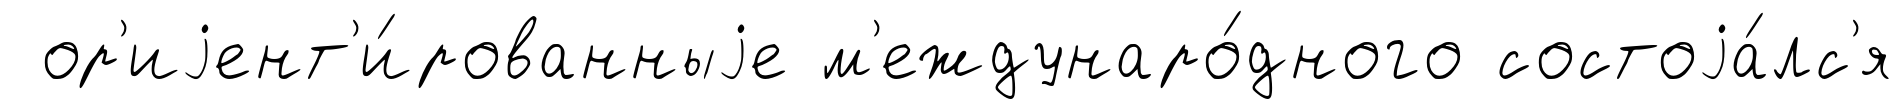
ор'иjент'и́рованныjе м'еждунаро́дного состоjа́лс'я